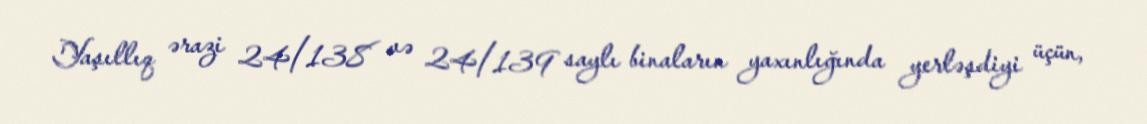
Yaşıllıq ərazi 24/138 və 24/139 saylı binaların yaxınlığında yerləşdiyi üçün,